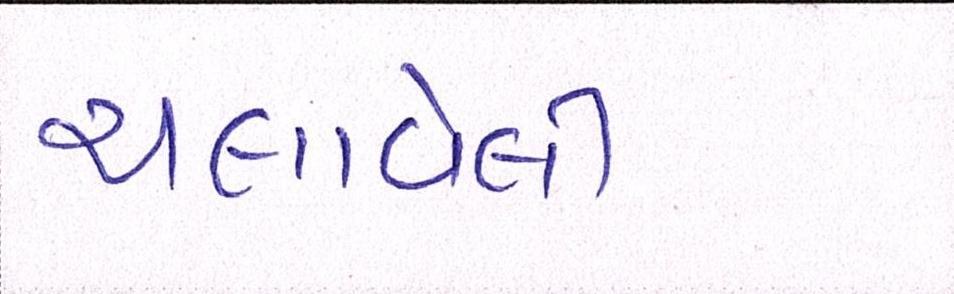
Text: ચલાવેલી